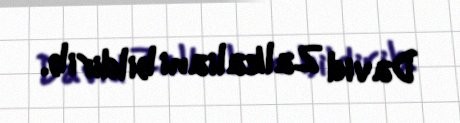
David Zalkaliani bildirib.